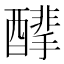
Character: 䤏